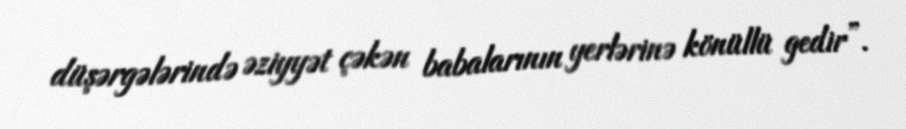
düşərgələrində əziyyət çəkən babalarının yerlərinə könüllü gedir”.